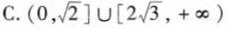
C. (0, \sqrt{2}] \cup[ 2 \sqrt{3},+ \infty)